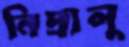
নিদ্রালু